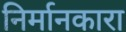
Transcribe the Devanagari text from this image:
निर्मानकारा